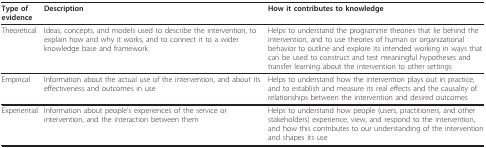
| Type of evidence | Description | How it contributes to knowledge |
 | --- | --- | --- |
 | Theoretical | Ideas, concepts, and models used to describe the intervention, to explain how and why it works, and to connect it to a wider knowledge base and framework | Helps to understand the programme theories that lie behind the intervention, and to use theories of human or organizational behavior to outline and explore its intended working in ways that can be used to construct and test meaningful hypotheses and transfer learning about the intervention to other settings |
 | Empirical | Information about the actual use of the intervention, and about its effectiveness and outcomes in use | Helps to understand how the intervention plays out in practice, and to establish and measure its real effects and the causality of relationships between the intervention and desired outcomes |
 | Experiential | Information about people's experiences of the service or intervention, and the interaction between them | Helps to understand how people (users, practitioners, and other stakeholders) experience, view, and respond to the intervention, and how this contributes to our understanding of the intervention and shapes its use |